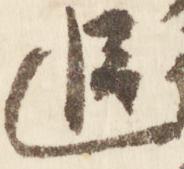
追